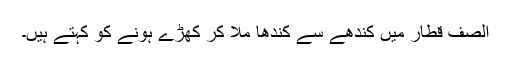
الصَّفْ قطار میں کندھے سے کندھا ملا کر کھڑے ہونے کو کہتے ہیں۔